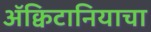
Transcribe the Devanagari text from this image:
ॲक्विटानियाचा